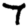
Digit: 7